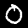
Digit: 0